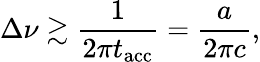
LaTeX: \Delta\nu\gtrsim\frac{1}{2\pi t_{\mathrm{acc}}}=\frac{a}{2\pi c},